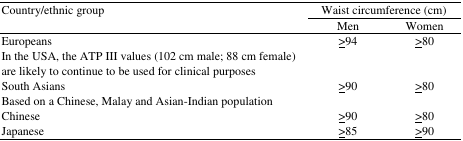
<table><thead><tr><td rowspan="3"><b>Country/ethnic group</b></td><td colspan="2"><b>Waist circumference (cm)</b></td></tr><tr><td><b>Men</b></td><td><b>Women</b></td></tr></thead><tbody><tr><td>Europeans</td><td>≥94</td><td>≥80</td></tr><tr><td>In the USA, the ATP III values (102 cm male; 88 cm female) are likely to continue to be used for clinical purposes South Asians</td><td>≥90</td><td>≥80</td></tr><tr><td>Based on a Chinese, Malay and Asian-Indian population Chinese</td><td>≥90</td><td>≥80</td></tr><tr><td>Japanese</td><td>≥85</td><td>≥90</td></tr></tbody></table>